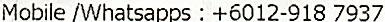
MOBILE /WHATSAPPS : +6012-918 7937